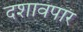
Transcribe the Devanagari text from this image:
दशावपार